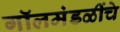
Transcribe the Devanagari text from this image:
गॉलमंडळींचे